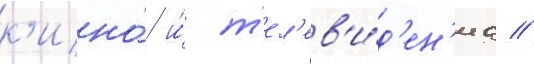
к'ино́ и́ т'ел'ев'и́д'ен'иа //